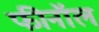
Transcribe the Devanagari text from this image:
फीनॉल